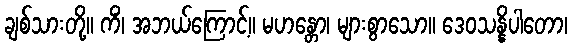
ချစ်သားတို့။ ကိံ၊ အဘယ်ကြောင့်။ မဟန္တော၊ များစွာသော။ ဒေဝသန္နိပါတော၊